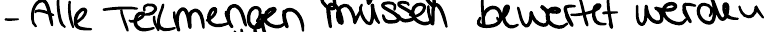
- Alle Teilmengen müssen bewertet werden